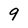
Character: 9